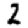
Digit: 2